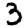
Digit: 3